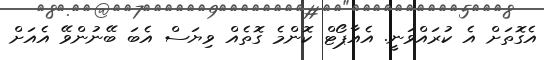
އެގޮތަށް އެ ކުރައްވަނީ. އެއާޕޯޓް ކޮންމެ ގޮތެއް ވިޔަސް އެބަ ބޭނުންވޭ އެއަށް